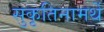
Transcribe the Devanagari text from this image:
सुकृतिनामर्थे